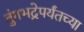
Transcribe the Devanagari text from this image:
तुंगभद्रेपर्यंतच्या